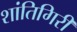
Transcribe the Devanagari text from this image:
शांतिगिरी